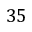
3 5